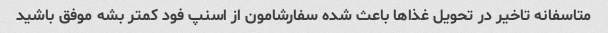
متاسفانه تاخیر در تحویل غذاها باعث شده سفارشامون از اسنپ فود کمتر بشه موفق باشید